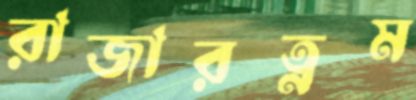
রাজারত্নম